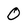
Character: O